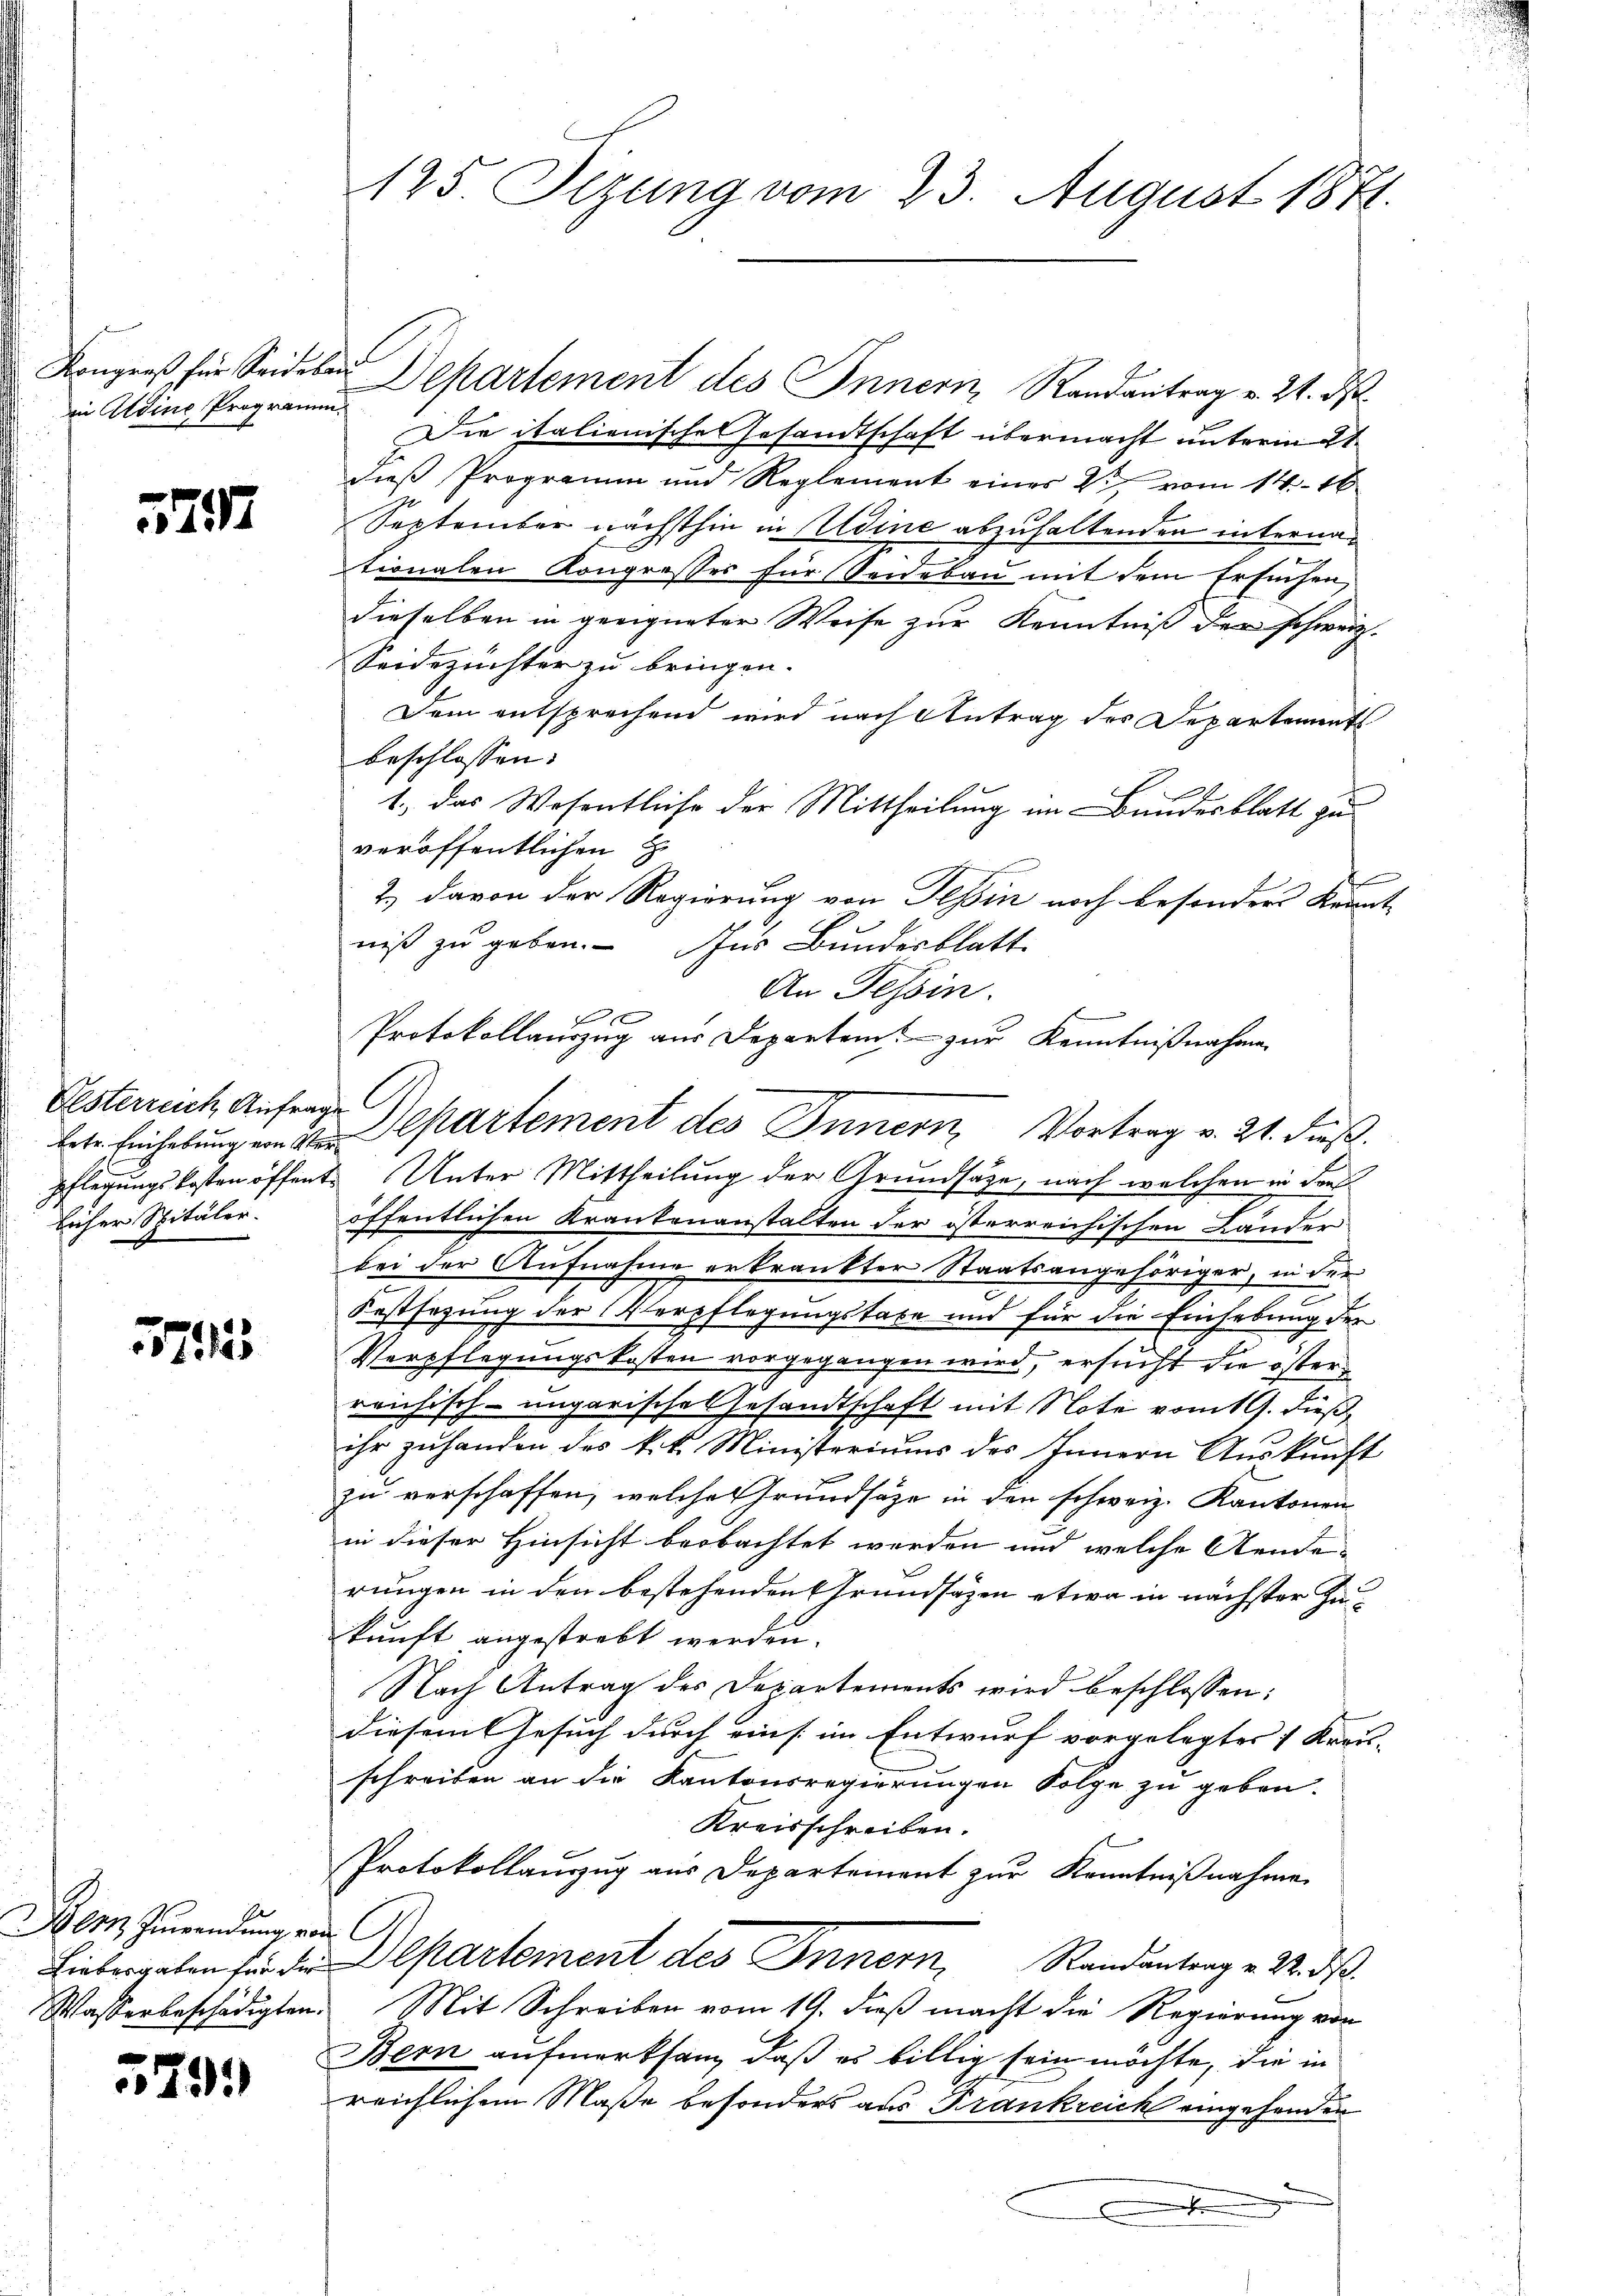
in Aldine Programm.

577

Elsterreich Anfrage
bicher Spitäler.

15745

e
Bern Zuwendung von

e
 4505

Kongreß für Seideban Departement des Innern, Randantrag v. 21. ds.
Die italienische Gesandtschaft übermacht unteringt
dieß Programm und Reglement einer 2 vom 14. 16
September nächsthin in Udine abzuhaltenden internae
tionalen Kongrosses für Seidebau mit dem Ersuchen
dieselben in geeigneter Weise zur Kenntniß der schweiz.
Seidezüchter zu bringen.
Dem entsprechend wird nach Antrag des Departements
beschlossen:
1.) Das Wesentliche der Mittheilung im Bundesblatt zu
veröffentlichen H
2) davon der Regierung von Tessin noch besonders kannt
niß zu geben. Nur Bundesblatt
An Tessin.
f
Protokollauszug aus Departem zur Kenntnißnahmen
bete Einhebung an de partement des Innern, Vortrag v. 21. Fuß.
pflegungskosten öffent. Unter Mittheilung der Grundsätze, nach welchen in densöffentlichen Krankenanstalten der österreichischen Länder
bei der Aufnahme erkrankter Staatsangehöriger, in der
Festsezung der Verpflegungstabe und für die Einhebung der
Verpflegungskosten vorgegangen wird, ersucht die öster
reichisch-ungarische Gesandtschaft mit Note vom 19. dieß,
ihr zuhanden des k.k. Ministeriums des Innern Auskunft
zu verschaffen, welche Grundsätze in den schweiz. Kantonen
in dieser Hinsicht beobachtet werden und welche Aende-
rungen in den bestehenden Grundsätzen etwa in nächster Zukunft angestrebt werden.
Nach Antrag des Departements wird beschlossen:
diesem Gesuch durch eins im Entwurf vorgelegtes 1 Kreu-
schreiben an die Kantonsregierungen Folge zu geben.
Kreisschreiben.
Protokollauszug aus Departement zur Kenntnißnahme
Liebergaben für der Departement des Innern, Randantrag v. M. d
Wasserbeschädigten. Mit Schreiben vom 19. dieß macht die Regierung von
Bern aufmerksam, daß es billig sein möchte, die in
reichlichem Maße besonders aus Frankreich eingesonder
.

125. Sezung vom 23. August 1871.